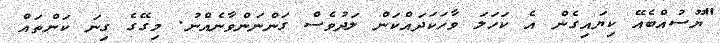
"ޔޫސުއްބެއޭ ކިޔައިގެން އެ ކަހަލަ ވާހަކަދައްކަން ލަދުވެސް ގަންނަންވާނެއްނު. މިގޭގެ ގިނަ ކަންތައް